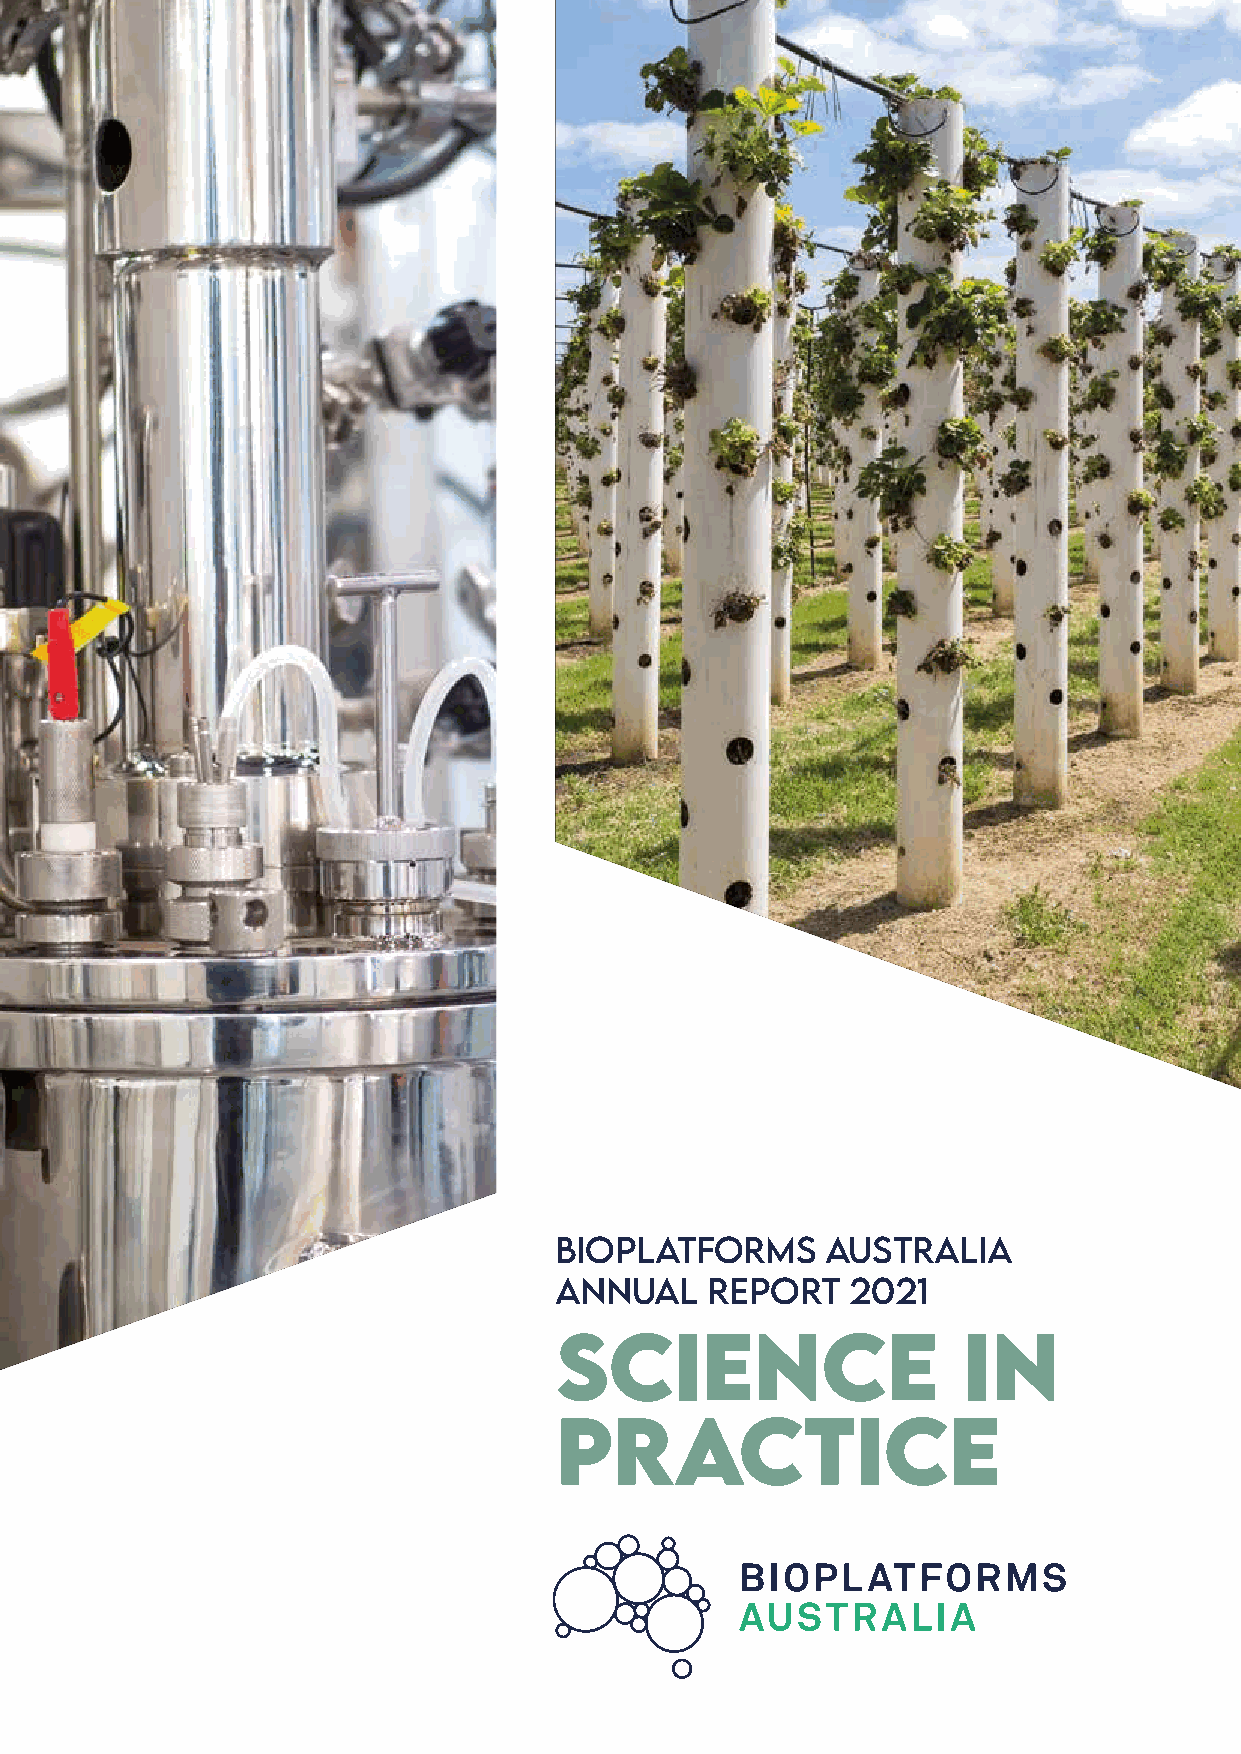
BIOPLATFORMS      AUSTRALIA
 ANNUAL    REPORT   2021
 Science                    in
 practice